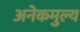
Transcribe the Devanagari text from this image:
अनेकमुल्य